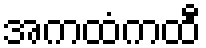
အကထံကထီ